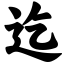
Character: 迄